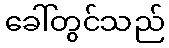
ခေါ်တွင်သည်